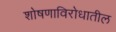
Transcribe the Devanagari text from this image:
शोषणाविरोधातील